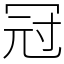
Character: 冠